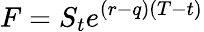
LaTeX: F=S_{t}e^{(r-q)(T-t)}